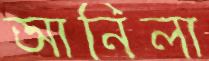
আনিলা